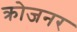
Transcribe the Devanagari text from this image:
क्रोजनर